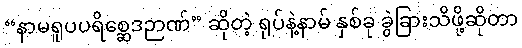
“နာမရူပပရိစ္ဆေဒဉာဏ်” ဆိုတဲ့ ရုပ်နဲ့နာမ် နှစ်ခု ခွဲခြားသိဖို့ဆိုတာ